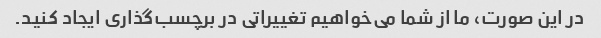
در این صورت، ما از شما می‌خواهیم تغییراتی در برچسب‌گذاری ایجاد کنید.